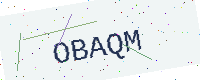
Text: OBAQM